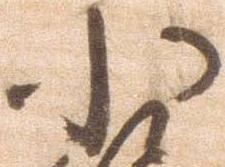
小